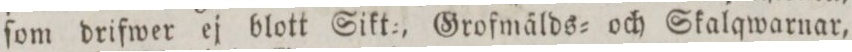
ſom drifwer ej blott Sikt=, Grofmälds= och Skalqwarnar,